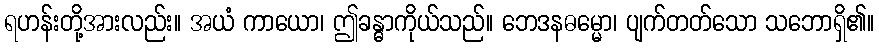
ရဟန်းတို့အားလည်း။ အယံ ကာယော၊ ဤခန္ဓာကိုယ်သည်။ ဘေဒနဓမ္မော၊ ပျက်တတ်သော သဘောရှိ၏။